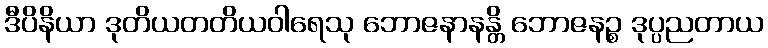
ဒီပိနိယာ ဒုတိယတတိယဝါရေသု ဘောဇနာနန္တိ ဘောဇနဉ္စ ဒုပ္ပညတာယ